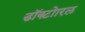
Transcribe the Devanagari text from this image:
डॉक्टोारल